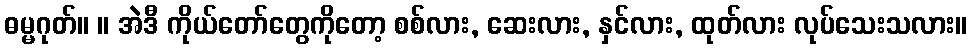
ဓမ္မဂုတ်။ ။ အဲဒီ ကိုယ်တော်တွေကိုတော့ စစ်လား, ဆေးလား, နှင်လား, ထုတ်လား လုပ်သေးသလား။